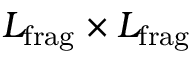
L _ { \mathrm { f r a g } } \times L _ { \mathrm { f r a g } }